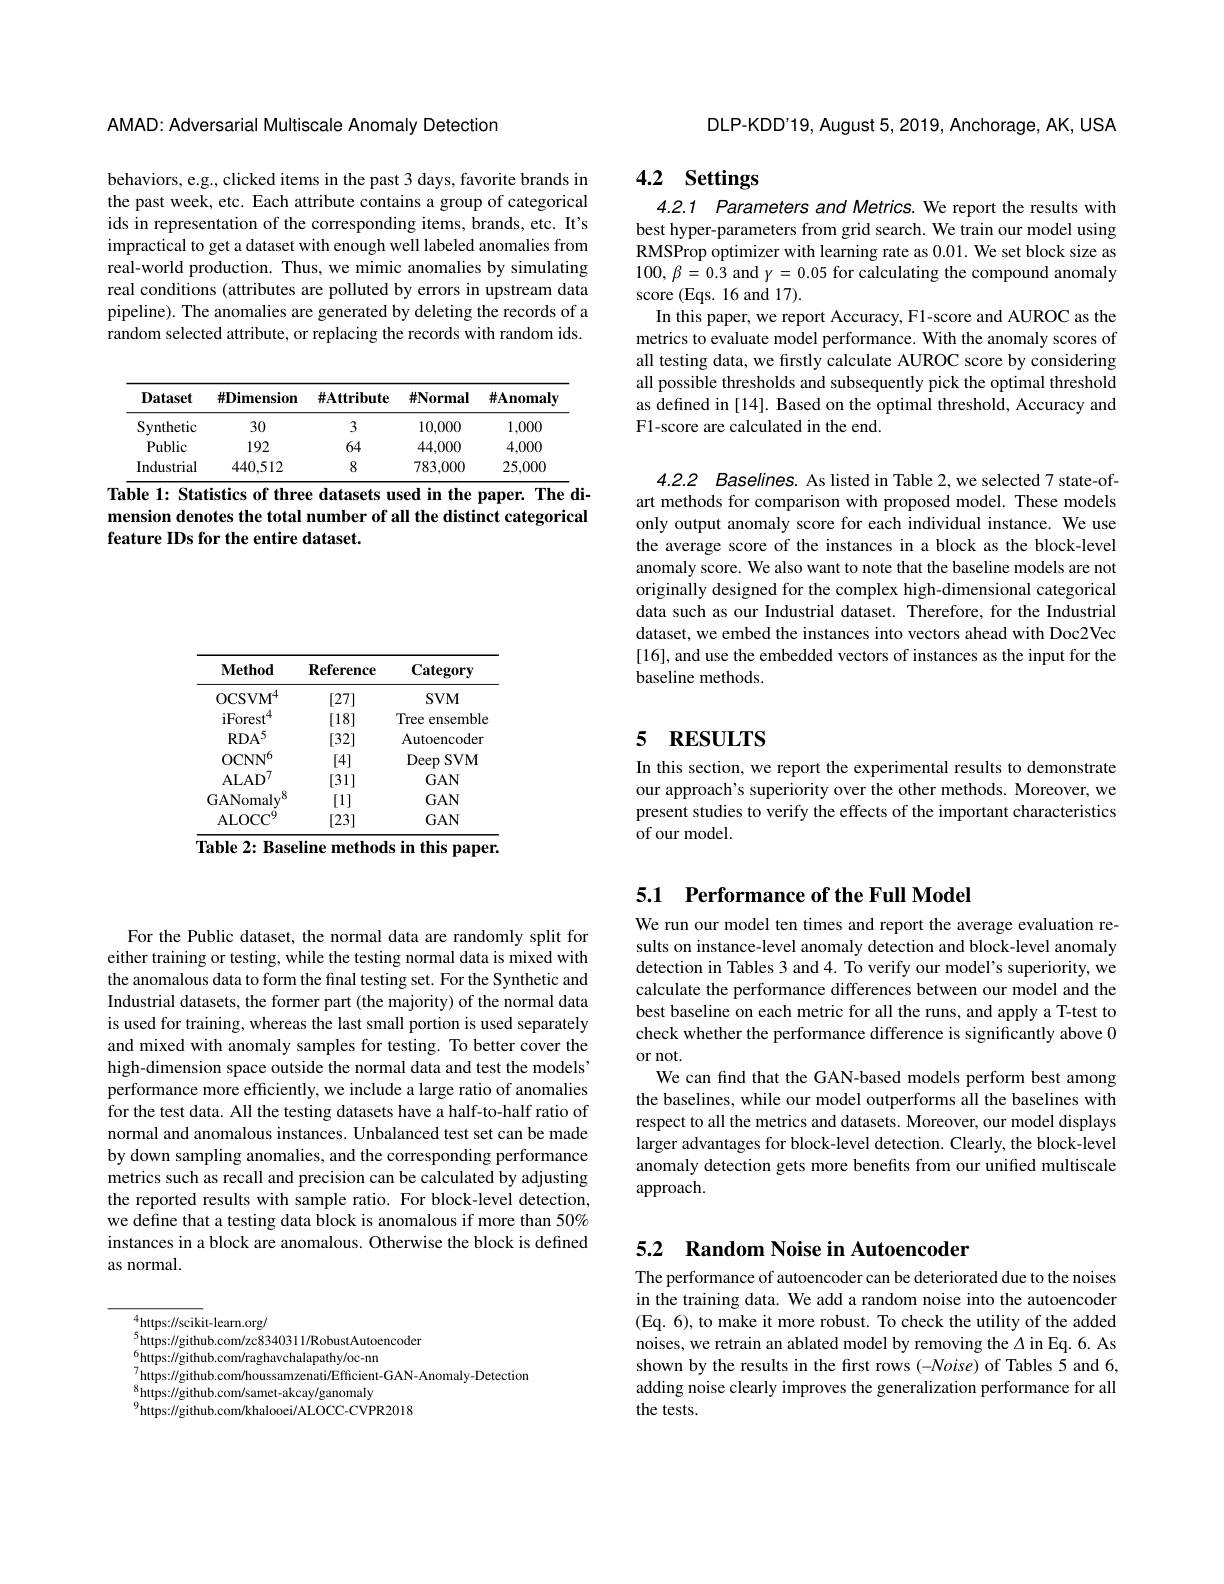
AMAD: Adversarial Multiscale Anomaly Detection

behaviors, e.g., clicked items in the past 3 days, favorite brands in the past week, etc. Each attribute contains a group of categorical ids in representation of the corresponding items, brands, etc. It's impractical to get a dataset with enough well labeled anomalies from real-world production. Thus, we mimic anomalies by simulating real conditions (attributes are polluted by errors in upstream data pipeline). The anomalies are generated by deleting the records of a random selected attribute, or replacing the records with random ids.

<table>
	<tbody>
		<tr>
			<th>Dataset</th>
			<th>${\text{\#Dimension}}$</th>
			<th>$\#\mathbf{A}$ttribute</th>
			<th>$\#\mathbf{Normal}$</th>
			<th>$\#\mathbf{Anomaly}$</th>
		</tr>
		<tr>
			<td>Synthetic</td>
			<td>30</td>
			<td>3</td>
			<td>10,000</td>
			<td>1,000</td>
		</tr>
		<tr>
			<td>Public</td>
			<td>192</td>
			<td>64</td>
			<td>44,000</td>
			<td>4,000</td>
		</tr>
		<tr>
			<td>Industrial</td>
			<td>440,512</td>
			<td>8</td>
			<td>783,000</td>
			<td>25,000</td>
		</tr>
	</tbody>
</table>
Table 1: Statistics of three datasets used in the paper. The di-

mension denotes the total number of all the distinct categorical
feature IDs for the entire dataset.

DLP-KDD'19, August 5,2019, Anchorage, AK, USA

# 4.2 Settings

4.2.1 Parameters and Metrics. We report the results with best hyper-parameters from grid search. We train our model using RMSProp optimizer with learning rate as 0.01. We set block size as $100,\beta=0.3$ and $y=0.05$ for calculating the compound anomaly score (Eqs. 16 and 17).
In this paper, we report Accuracy, F1-score and AUROC as the metrics to evaluate model performance. With the anomaly scores of all testing data, we firstly calculate AUROC score by considering all possible thresholds and subsequently pick the optimal threshold as defined in [14]. Based on the optimal threshold, Accuracy and F1-score are calculated in the end.

4.2.2 Baselines. As listed in Table 2, we selected 7 state-ofart methods for comparison with proposed model. These models only output anomaly score for each individual instance. We use the average score of the instances in a block as the block-level anomaly score. We also want to note that the baseline models are not originally designed for the complex high-dimensional categorical data such as our Industrial dataset. Therefore, for the Industrial dataset, we embed the instances into vectors ahead with Doc2Vec [16], and use the embedded vectors of instances as the input for the baseline methods.

# 5 RESULTS

In this section, we report the experimental results to demonstrate our approach's superiority over the other methods. Moreover, we present studies to verify the effects of the important characteristics of our model

<table>
	<tbody>
		<tr>
			<th>$\mathbf{Method}$</th>
			<th>$\mathbf{Reference}$</th>
			<th>Category</th>
		</tr>
		<tr>
			<td>OCSV$M^{4}$</td>
			<td>[27]</td>
			<td>$SVM$</td>
		</tr>
		<tr>
			<td>$\mathrm{iForest}^{4}$</td>
			<td>[18]</td>
			<td>Tree $\epsilon$ ensemble</td>
		</tr>
		<tr>
			<td>$\mathrm{RDA}^{5}$</td>
			<td>[32]</td>
			<td>Autoencoder</td>
		</tr>
		<tr>
			<td>0CN$N^{6}$</td>
			<td>[4]</td>
			<td>Deep $SVM$</td>
		</tr>
		<tr>
			<td>$\mathrm{ALAD}^{/}$</td>
			<td>[31]</td>
			<td>$GAN$</td>
		</tr>
		<tr>
			<td>GANomaly$^{8}$</td>
			<td>[1]</td>
			<td>$GAN$</td>
		</tr>
		<tr>
			<td>ALOC$C^{y}$</td>
			<td>[23]</td>
			<td>$GAN$</td>
		</tr>
	</tbody>
</table>
${\overline{\textbf{Table 2: Baseline methods in this paper.}}}$

For the Public dataset, the normal data are randomly split for either training or testing, while the testing normal data is mixed with the anomalous data to form the final testing set. For the Synthetic and Industrial datasets, the former part (the majority) of the normal data is used for training, whereas the last small portion is used separately and mixed with anomaly samples for testing. To better cover the high-dimension space outside the normal data and test the models' performance more efficiently, we include a large ratio of anomalies for the test data. All the testing datasets have a half-to-half ratio of normal and anomalous instances. Unbalanced test set can be made by down sampling anomalies, and the corresponding performance metrics such as recall and precision can be calculated by adjusting the reported results with sample ratio. For block-level detection, we define that a testing data block is anomalous if more than 50% instances in a block are anomalous. Otherwise the block is defined as normal.

${}_{\epsilon}^{4}$https://scikit-learn.org/
$^{5}$https://github.com/zc834031 1/RobustAutoencoder
${}_{7}^{6}$https://github.com/raghavchalapathy/oc-nn
$_{0}^{7}$https://github.com/houssamzenati/Efficient-GAN-Anomaly-Detection
$_{0}^{8}$https://github.com/samet-akcay/ganomaly
$^{9}$https://github.com/khalooei/ALOCC-CVPR2018

5.1 Performance of the Full Model

We run our model ten times and report the average evaluation results on instance-level anomaly detection and block-level anomaly detection in Tables 3 and 4. To verify our model's superiority, we calculate the performance differences between our model and the best baseline on each metric for all the runs, and apply a T-test to check whether the performance difference is significantly above 0 or not.
We can find that the GAN-based models perform best among the baselines, while our model outperforms all the baselines with respect to all the metrics and datasets. Moreover, our model displays larger advantages for block-level detection. Clearly, the block-level anomaly detection gets more benefits from our unified multiscale approach.

# 5.2 Random Noise in Autoencoder

The performance of autoencoder can be deteriorated due to the noises in the training data. We add a random noise into the autoencoder (Eq. 6), to make it more robust. To check the utility of the added noises, we retrain an ablated model by removing the $\Delta$ in Eq. 6. As shown by the results in the first rows (-Noise) of Tables 5 and 6, adding noise clearly improves the generalization performance for all the tests.